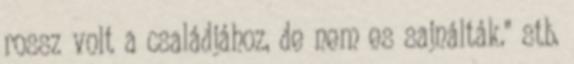
rossz volt a családjához, de nem es sajnálták." stb.